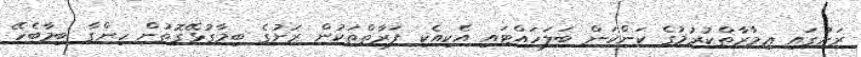
ރަށުގައި ޢިމާރާތްކުރުމުގެ ކަންކަން ބަލަހައްޓައި އެކިއެކި ފަރާތްތަކުން ރަށުގެ ބިމާގުޅޭގޮތުން ހިންގާ ބިމާބެހޭ